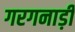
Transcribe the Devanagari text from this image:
गरगनाड़ी